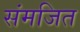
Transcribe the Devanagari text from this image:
संमजित